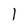
Character: 1